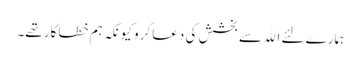
ہمارے لئے الله سے بخشش کی دعا کرو کیونکہ ہم خطاکار تھے۔